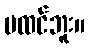
မထင်ဘူး။